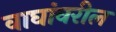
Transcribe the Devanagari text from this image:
वाघांवरील